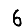
Digit: 6